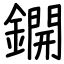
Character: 鐦